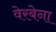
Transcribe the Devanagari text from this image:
वेरबेना